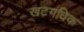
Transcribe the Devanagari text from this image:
खटगंधिक